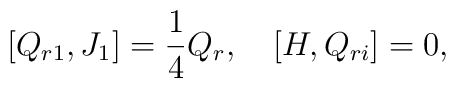
\lbrack{Q_{r1},J_{1}}\rbrack=\frac{1}{4}Q_{r},\quad\lbrack{H,Q_{ri}}\rbrack=0,